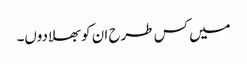
میں کس طرح ان کو بھلادوں۔